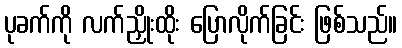
ပုခက်ကို လက်ညှိုးထိုး ပြောလိုက်ခြင်း ဖြစ်သည်။